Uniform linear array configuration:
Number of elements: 24
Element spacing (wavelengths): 1
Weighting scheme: hamming
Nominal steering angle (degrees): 30
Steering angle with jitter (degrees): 28.422
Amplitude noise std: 0.05
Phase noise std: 0.05

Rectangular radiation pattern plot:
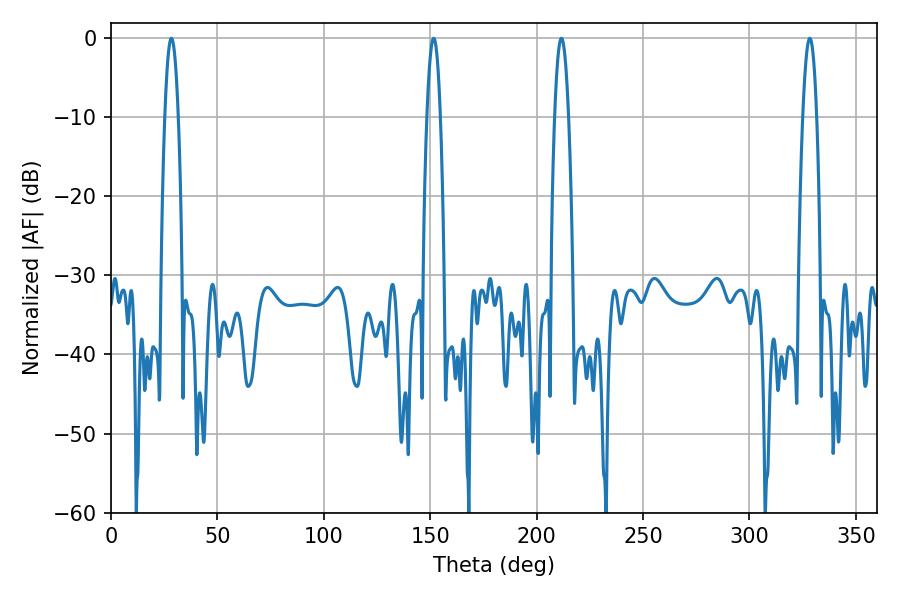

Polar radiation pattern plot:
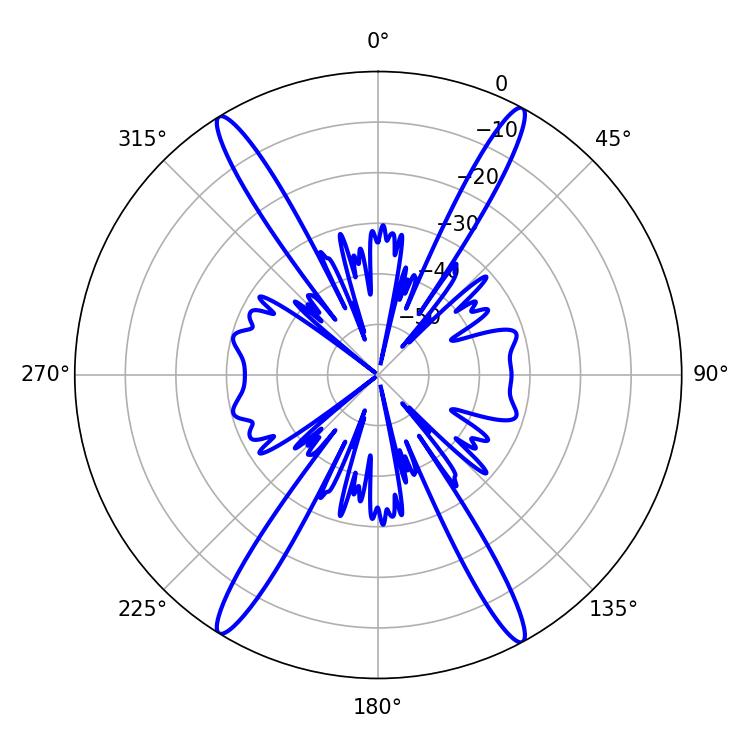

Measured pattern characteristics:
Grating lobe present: TRUE
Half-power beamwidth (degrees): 3.6
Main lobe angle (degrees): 211.68